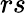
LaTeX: rs